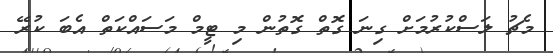
މެޗު ލަސްކުރުމަށް ގިނަ ގޮތް ގޮތުން މި ޓީމް މަސައްކަތް އެބަ ކުރޭ